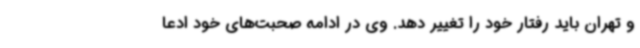
و تهران باید رفتار خود را تغییر دهد. وی در ادامه صحبت‌های خود ادعا